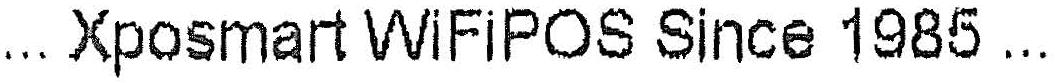
...XPOSMART WIFIPOS SINCE 1985...